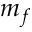
m _ { f }